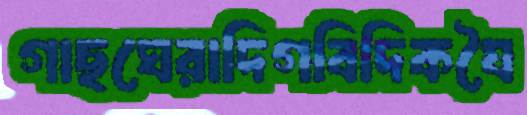
গাছঘেরাদিগবিদিকযৈ